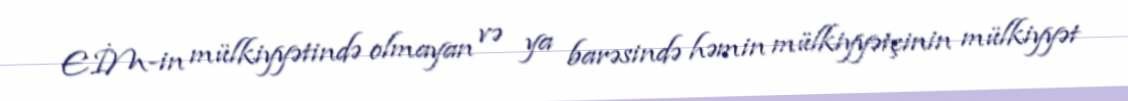
EİM-in mülkiyyətində olmayan və ya barəsində həmin mülkiyyətçinin mülkiyyət